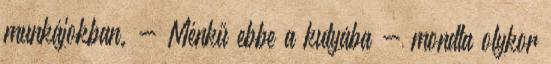
munkájokban. - Ménkű ebbe a kutyába - mondta olykor